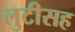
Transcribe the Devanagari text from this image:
लुटीसह